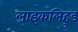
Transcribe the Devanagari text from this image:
लाइकलिहुड